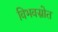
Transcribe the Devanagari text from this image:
विभवस्रोत